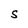
Character: S